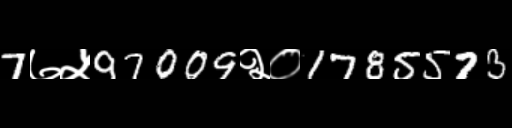
Text: 7७५97009२०1785573